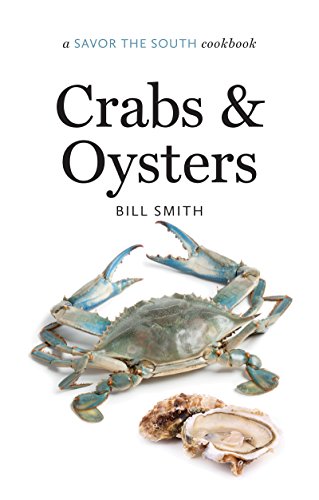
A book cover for Crabs and Oysters: a Savor the SouthÂ® cookbook (Savor the South Cookbooks); William B. Smith; Cookbooks, Food & Wine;